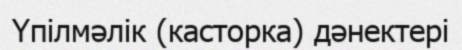
Үпілмәлік (касторка) дәнектері